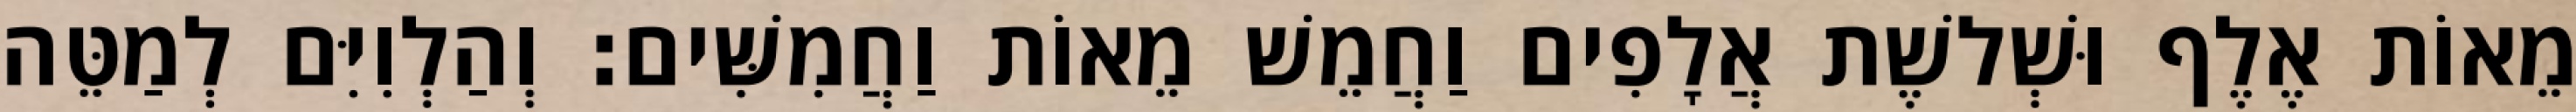
מֵאוֹת אֶלֶף וּשְׁלשֶׁת אֲלָפִים וַחֲמֵשׁ מֵאוֹת וַחֲמִשִּׁים׃ וְהַלְוִיִּם לְמַטֵּה